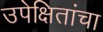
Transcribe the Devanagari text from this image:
उपेक्षितांचा